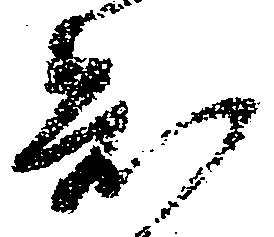
知